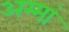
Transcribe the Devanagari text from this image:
अम्मां